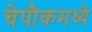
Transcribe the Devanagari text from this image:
चेपौकमध्ये